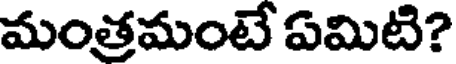
మంత్రమంటే ఏమిటి?